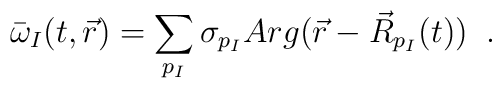
\bar{\omega}_{I}(t,\vec{r})=\sum_{p_{I}}\sigma_{p_{I}}                                      Arg(\vec{r}-\vec{R}_{p_{I}}(t))\;\;.